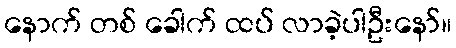
နောက် တစ် ခေါက် ထပ် လာခဲ့ပါဦးနော်။